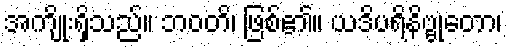
အကျိုးရှိသည်။ ဘဝတိ၊ ဖြစ်၏။ ယဒိပရိနိဗ္ဗုတော၊